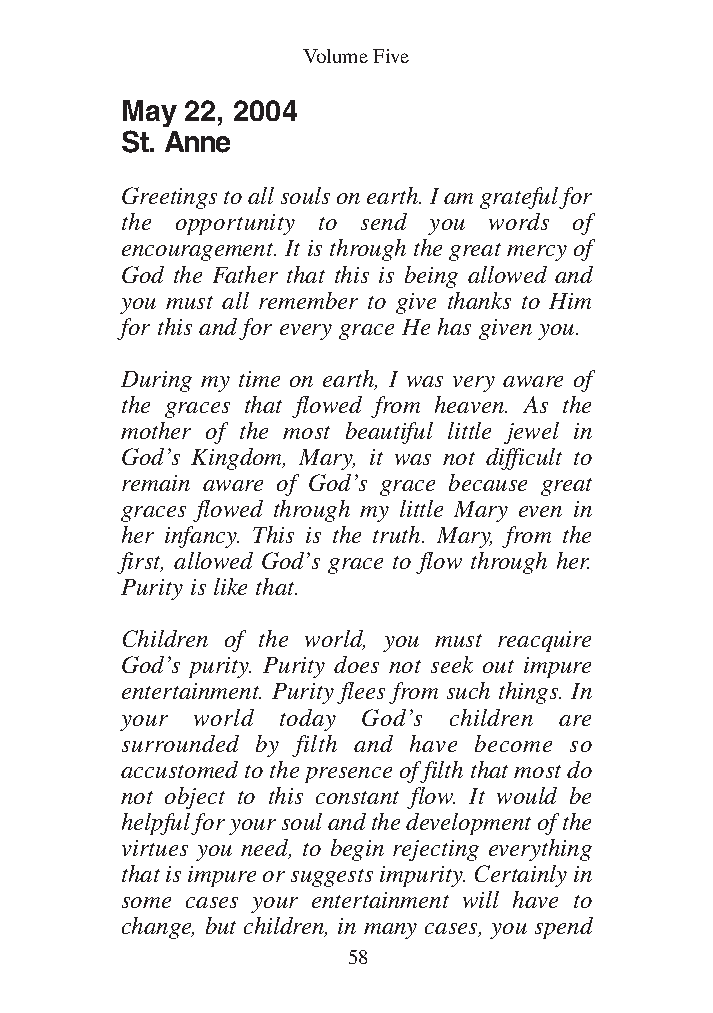
DFOT Vol 5 No App_1 12/3/13 8:54 PM Page 58
 Volume Five
 May 22, 2004
 St. Anne
 Greetings to all souls on earth. I am grateful for
 the opportunity to send you words of
 encouragement. It is through the great mercy of
 God the Father that this is being allowed and
 you must all remember to give thanks to Him
 for this and for every grace He has given you.
 During my time on earth, I was very aware of
 the graces that flowed from heaven. As the
 mother of the most beautiful little jewel in
 God’s Kingdom, Mary, it was not difficult to
 remain aware of God’s grace because great
 graces flowed through my little Mary even in
 her infancy. This is the truth. Mary, from the
 first, allowed God’s grace to flow through her.
 Purity is like that.
 Children of the world, you must reacquire
 God’s purity. Purity does not seek out impure
 entertainment. Purity flees from such things. In
 your world today God’s children are
 surrounded by filth and have become so
 accustomed to the presence of filth that most do
 not object to this constant flow. It would be
 helpful for your soul and the development of the
 virtues you need, to begin rejecting everything
 that is impure or suggests impurity. Certainly in
 some cases your entertainment will have to
 change, but children, in many cases, you spend
 58